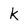
Character: k